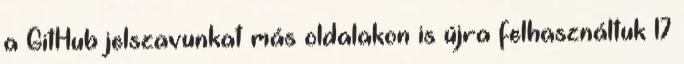
a GitHub jelszavunkat más oldalakon is újra felhasználtuk 17